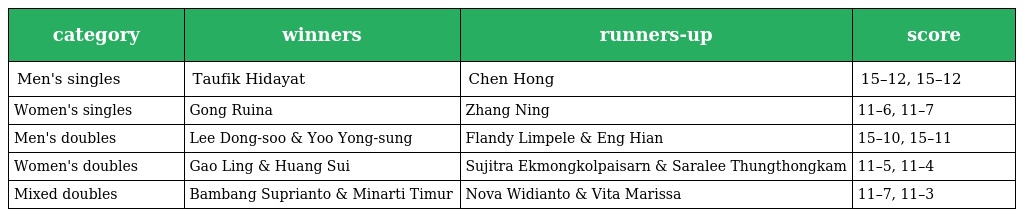
| category | winners | runners-up | score |
 | --- | --- | --- | --- |
 | Men's singles | Taufik Hidayat | Chen Hong | 15–12, 15–12 |
 | Women's singles | Gong Ruina | Zhang Ning | 11–6, 11–7 |
 | Men's doubles | Lee Dong-soo & Yoo Yong-sung | Flandy Limpele & Eng Hian | 15–10, 15–11 |
 | Women's doubles | Gao Ling & Huang Sui | Sujitra Ekmongkolpaisarn & Saralee Thungthongkam | 11–5, 11–4 |
 | Mixed doubles | Bambang Suprianto & Minarti Timur | Nova Widianto & Vita Marissa | 11–7, 11–3 |